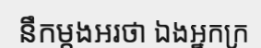
នឹកម្តងអរថា ឯងអ្នកក្រ